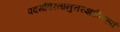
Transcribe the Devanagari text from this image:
पदमविरतानुत्तरज्ञाप्तिरूपं